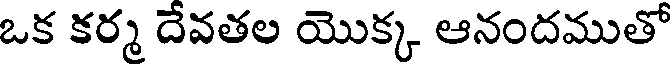
ఒక కర్మ దేవతల యొక్క ఆనందముతో